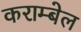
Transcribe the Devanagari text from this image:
कराम्बेल